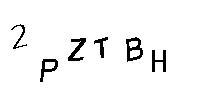
2PZTBH